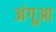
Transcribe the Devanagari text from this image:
अंगूआ